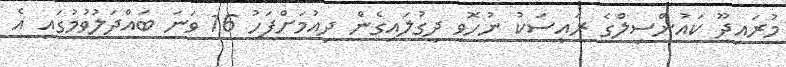
މުރައިދޫ ކައުންސިލްގެ ރައީސަކު ނުހޮވި ދިގުލައިގެން ދިއުމަށްފަހު 16 ވަނަ ބައްދަލުވުމުގައި އެ